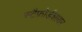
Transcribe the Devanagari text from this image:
स्टैफ़ोर्डशायर